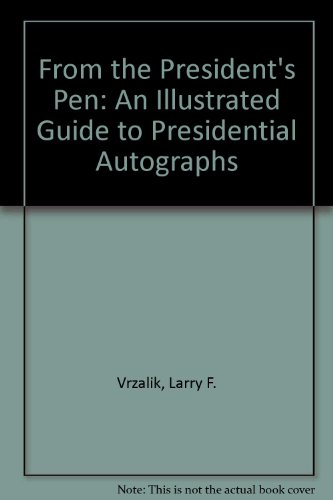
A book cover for From the President's Pen: An Illustrated Guide to Presidential Autographs; Larry F. Vrzalik; Crafts, Hobbies & Home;